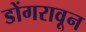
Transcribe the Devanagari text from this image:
डोंगरावून